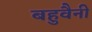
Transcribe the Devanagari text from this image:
बहुवैनी